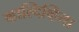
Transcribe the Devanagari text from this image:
व्हाल्दिव्हिया